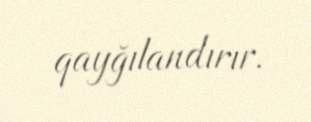
qayğılandırır.